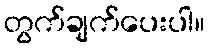
တွက်ချက်ပေးပါ။